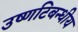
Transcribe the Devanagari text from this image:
उष्णटिबन्धीय